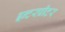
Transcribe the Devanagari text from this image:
इन्टरप्रीटर